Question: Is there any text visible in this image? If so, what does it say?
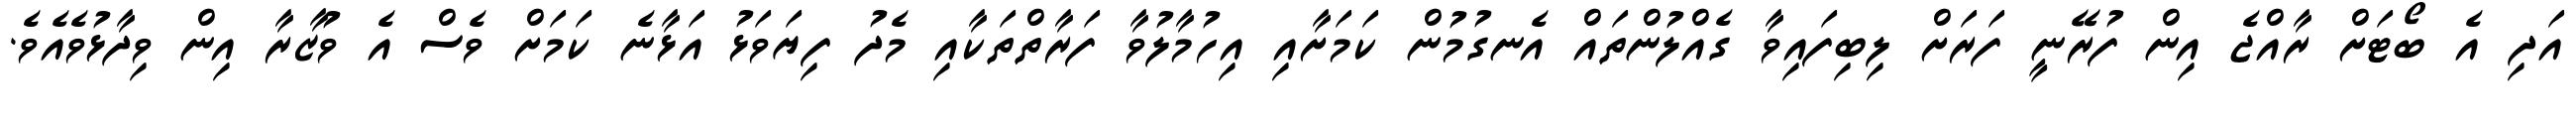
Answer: އަދި އެ ބޯޓަށް ރާއްޖެ އިން ފުރޭނީ ފަރަށް ލިބިފައިވާ ގެއްލުންތައް އެނގުމުން ކަމަށާއި އިހުމާލުވާ ފަރާތްތަކާއި މެދު ފިޔަވަޅު އަޅާނެ ކަމަށް ވެސް އެ ވުޒާރާ އިން ވިދާޅުވެއެވެ.